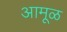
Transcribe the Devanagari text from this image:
आमूळ